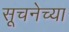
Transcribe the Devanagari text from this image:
सूचनेच्या